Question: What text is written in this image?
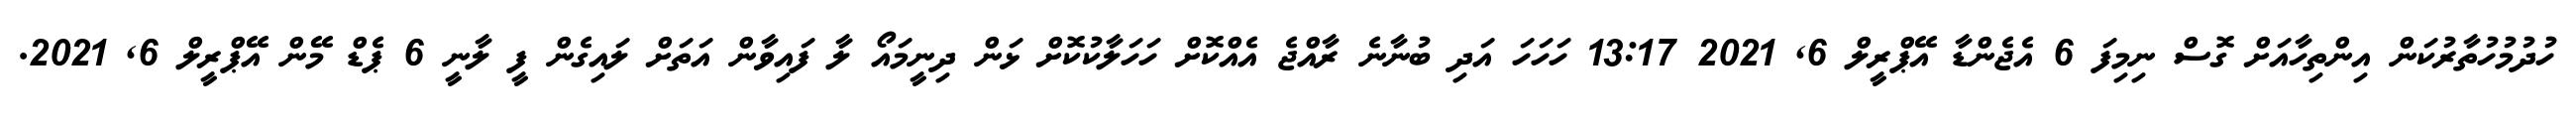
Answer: ހުދުމުހުތާރުކަން އިންތިހާއަށް ގޮސް ނިމިފަ 6 އެޖެންޑާ އޭޕްރީލް 6, 2021 13:17 ހަހަހަ އަދި ބުނާނެ ރާއްޖެ އެއްކޮށް ހަހަލާކުކޮށް ޅަން ދިނީމައޯ ލާ ފައިވާން އަތަށް ލައިގެން ފީ ލާނީ 6 ޕެޑް މޭން އޭޕްރީލް 6, 2021.